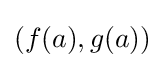
(f(a),g(a))